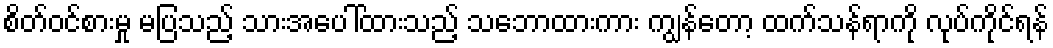
စိတ်ဝင်စားမှု မပြသည့် သားအပေါ်ထားသည့် သဘောထားကား ကျွန်တော့ ထက်သန်ရာကို လုပ်ကိုင်ရန်